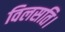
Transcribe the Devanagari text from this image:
विलसति।